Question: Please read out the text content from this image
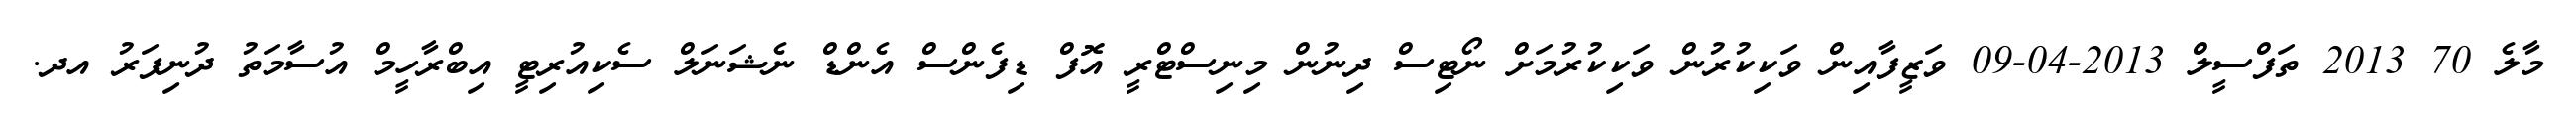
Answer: މާލެ 70 2013 ތަފްސީލް 2013-04-09 ވަޒީފާއިން ވަކިކުރުން ވަކިކުރުމަށް ނޯޓިސް ދިނުން މިނިސްޓްރީ އޮފް ޑިފެންސް އެންޑް ނެޝަނަލް ސެކިއުރިޓީ އިބްރާހީމް އުސާމަތު ދުނިފަރު އދ.